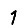
Digit: 1